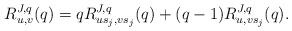
\begin{align*}R_{u,v}^{J,q}(q)=qR_{us_j,vs_j}^{J,q}(q)+(q-1)R_{u,vs_j}^{J,q}(q).\end{align*}